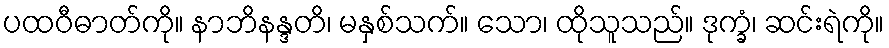
ပထဝီဓာတ်ကို။ နာဘိနန္ဒတိ၊ မနှစ်သက်။ သော၊ ထိုသူသည်။ ဒုက္ခံ၊ ဆင်းရဲကို။